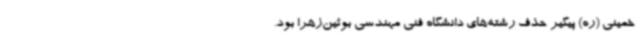
خمینی (ره) پیگیر حذف رشته‌های دانشگاه فنی مهندسی بوئین‌زهرا بود.